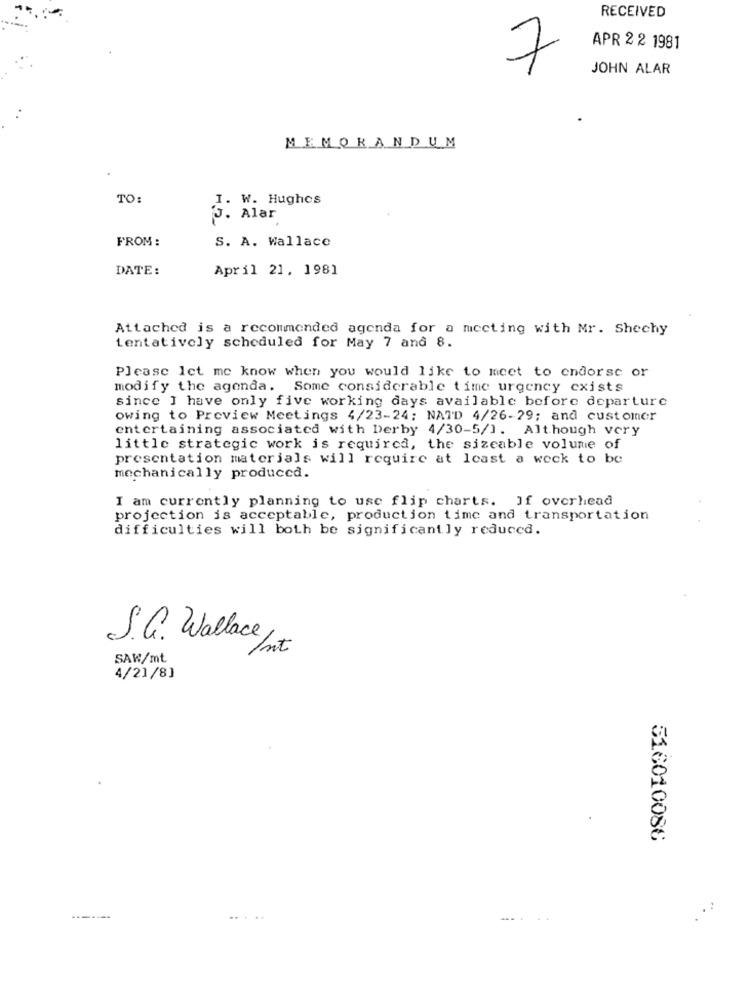
RECEIVED
APR 2 2 1981
7
JOHN ALAR
MEMORANDUM
TO:
I. W. Hughes
J. Alar
FROM :
S. A. Wallace
DATE:
April 21, 1981
Attached is a recommended agenda for a meeting with Mr. Shechy
tentatively scheduled for May 7 and 8.
Please let me know when you would like to meet to endorse or
modify the agenda. Some considerable time urgency exists
since I have only five working days available before departure
owing to Preview Meetings 4/23-24; NATD 4/26-29; and customer
entertaining associated with Derby 4/30-5/1. Although very
little strategic work is required, the sizeable volume of
presentation materials will require at least a weck to be
mechanically produced.
I am currently planning to use flip charts. If overhead
projection is acceptable, production time and transportation
difficulties will both be significantly reduced.
S.G. Wallace,
Int
SAW/mt
4/21/8]
516010086